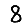
Digit: 8